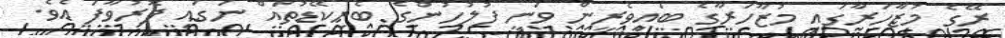
ރޭގެ މުޒާހަރާގައި މުޒާހަރާގެ ބައިވެރީން ވަނީ ފުލުހުންގެ ބެރިކޭޑުތައް ނަގައި ފޮރުވާފަ އެވެ.